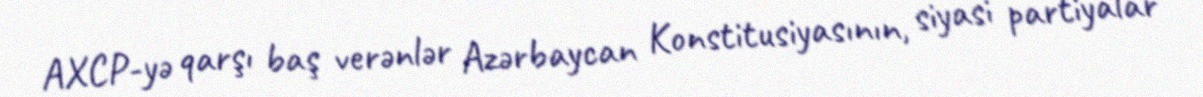
AXCP-yə qarşı baş verənlər Azərbaycan Konstitusiyasının, siyasi partiyalar